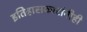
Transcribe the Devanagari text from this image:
इतिहासकारांनीही